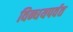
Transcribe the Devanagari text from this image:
विन्धयपर्वत